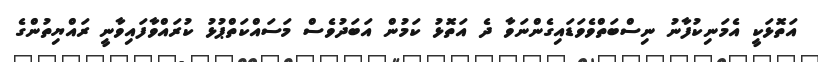
އަތޮޅަކީ އެމަނިކުފާނު ނިސްބަތްވެވަޑައިގެންނަވާ ދެ އަތޮޅު ކަމުން އަބަދުވެސް މަސައްކަތްޕުޅު ކުރައްވާފައިވާނީ ރައްޔިތުންގެ